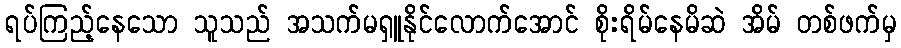
ရပ်ကြည့်နေသော သူသည် အသက်မရှူနိုင်လောက်အောင် စိုးရိမ်နေမိဆဲ အိမ် တစ်ဖက်မှ